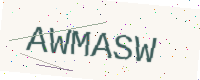
Text: AWMASW